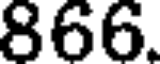
866.